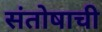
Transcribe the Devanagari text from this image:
संतोषाची